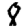
Digit: 8